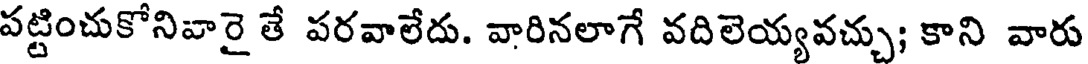
పట్టించుకోనివారై తే పరవాలేదు. వారినలాగే వదిలెయ్యవచ్చు; కాని వారు